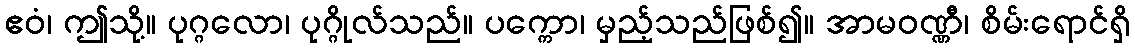
ဧဝံ၊ ဤသို့။ ပုဂ္ဂလော၊ ပုဂ္ဂိုလ်သည်။ ပက္ကော၊ မှည့်သည်ဖြစ်၍။ အာမဝဏ္ဏီ၊ စိမ်းရောင်ရှိ